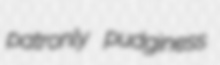
patronly pudginess